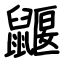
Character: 鼴